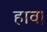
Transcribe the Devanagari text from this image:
हाव।